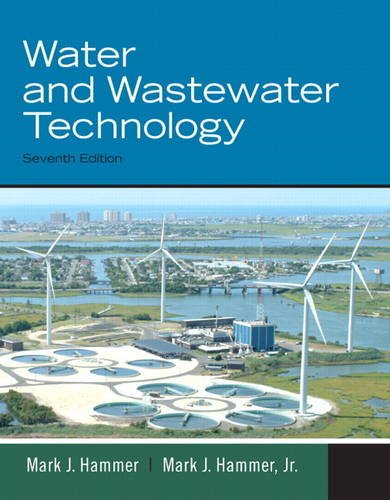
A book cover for Water and Wastewater Technology (7th Edition); Mark J. Hammer  Sr.; Science & Math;